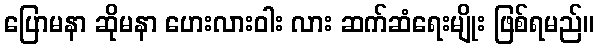
ပြောမနာ ဆိုမနာ ဟေးလားဝါး လား ဆက်ဆံရေးမျိုး ဖြစ်ရမည်။